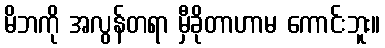
မိဘကို အလွန်တရာ မှီခိုတာဟာမ ကောင်းဘူး။